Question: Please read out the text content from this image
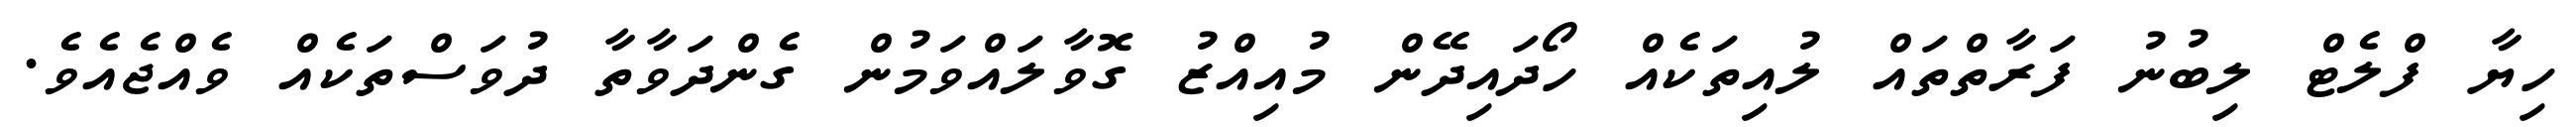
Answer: ހިޔާ ފްލެޓް ލިބުނު ފަރާތްތައް ލުއިތަކެއް ހޯދައިދޭން މުއިއްޒު ގޮވާލައްވަމުން ގެންދަވާތާ ދުވަސްތަކެއް ވެއްޖެއެވެ.